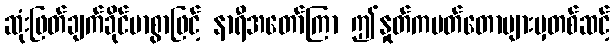
ဆုံးဖြတ်ချက်ခိုင်မာစွာဖြင့် နာရီအတော်ကြာ ဤနှုတ်ကပတ်တောများမှတစ်ဆင့်